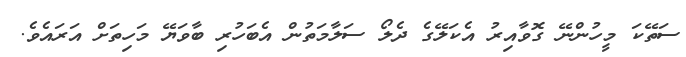
ސަތޭކަ މީހުންނޭ ގޮވާއިރު އެކަލޭގެ ދެލޯ ސަލާމަތުން އެބަހުރި ބާވަޔޭ މަހިތަށް އަރައެވެ.